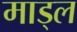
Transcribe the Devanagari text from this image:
माड्ल